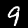
Digit: 9